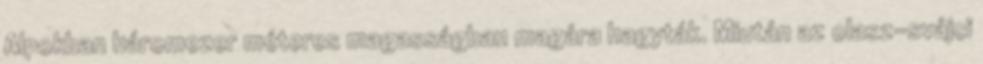
Alpokban háromezer méteres magasságban magára hagyták. Miután az olasz-svájci